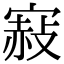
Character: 𡪌